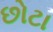
છોટા